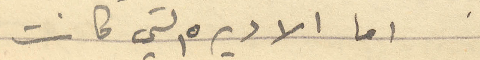
اما الاديره التي كانت